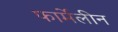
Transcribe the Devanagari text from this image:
फार्मेलीन